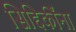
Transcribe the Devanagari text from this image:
सिद्दिकींना